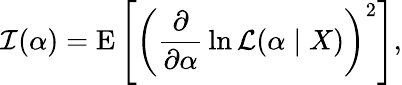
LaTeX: {\mathcal{I}}(\alpha)=\operatorname{E}\left[\left({\frac{\partial}{\partial\alpha}}\ln{\mathcal{L}}(\alpha\mid X)\right)^{2}\right],